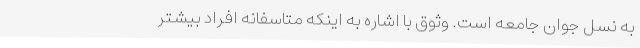
به نسل جوان جامعه است. وثوق با اشاره به اینکه متاسفانه افراد بیشتر